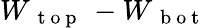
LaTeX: W_{\mathrm{~{~t~o~p~}~}}-W_{\mathrm{~{~b~o~t~}~}}